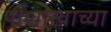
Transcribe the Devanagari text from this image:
पोशाखाच्या